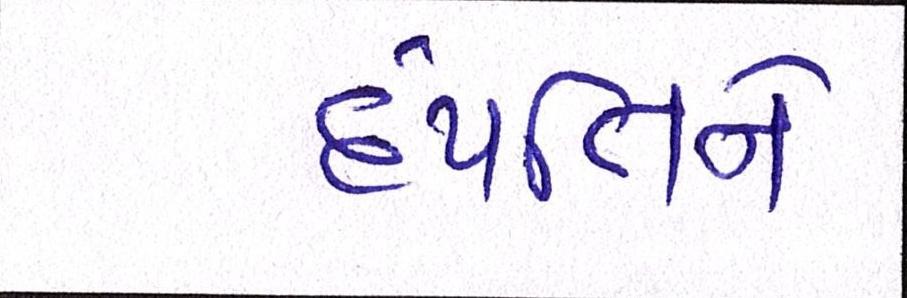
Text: દંપત્તિને